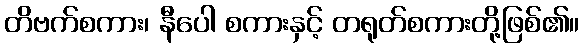
တိဗက်စကား၊ နီပေါ စကားနှင့် တရုတ်စကားတို့ဖြစ်၏။